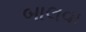
બાલવા